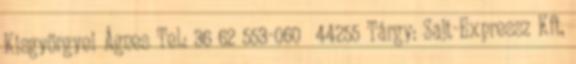
Kisgyörgyei Ágnes Tel.: 36 62 553-060 44255 Tárgy: Sajt-Expressz Kft,